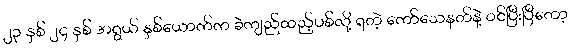
၂၃ နှစ် ၂၄ နှစ် အရွယ် နှစ်ယောက်က ခဲကျည်ထည့်ပစ်လို့ ရတဲ့ ကော်သေနတ်နဲ့ ဝင်ပြီးပြီတော့